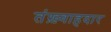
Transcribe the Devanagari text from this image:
तंख़्वाहदार